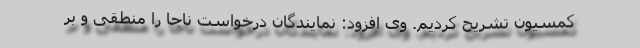
کمسیون تشریح کردیم. وی افزود: نمایندگان درخواست ناجا را منطقی و بر